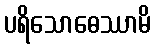
ပရိသောဓေဿာမိ